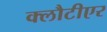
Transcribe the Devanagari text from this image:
क्लौटीएर